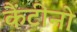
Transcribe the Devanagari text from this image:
कैंटीनो